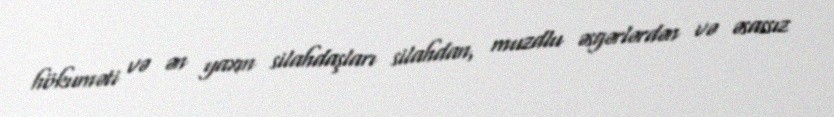
hökuməti və ən yaxın silahdaşları silahdan, muzdlu əsgərlərdən və əsassız